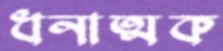
ধনাত্মক